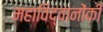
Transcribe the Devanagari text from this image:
महाविद्वानोंकी